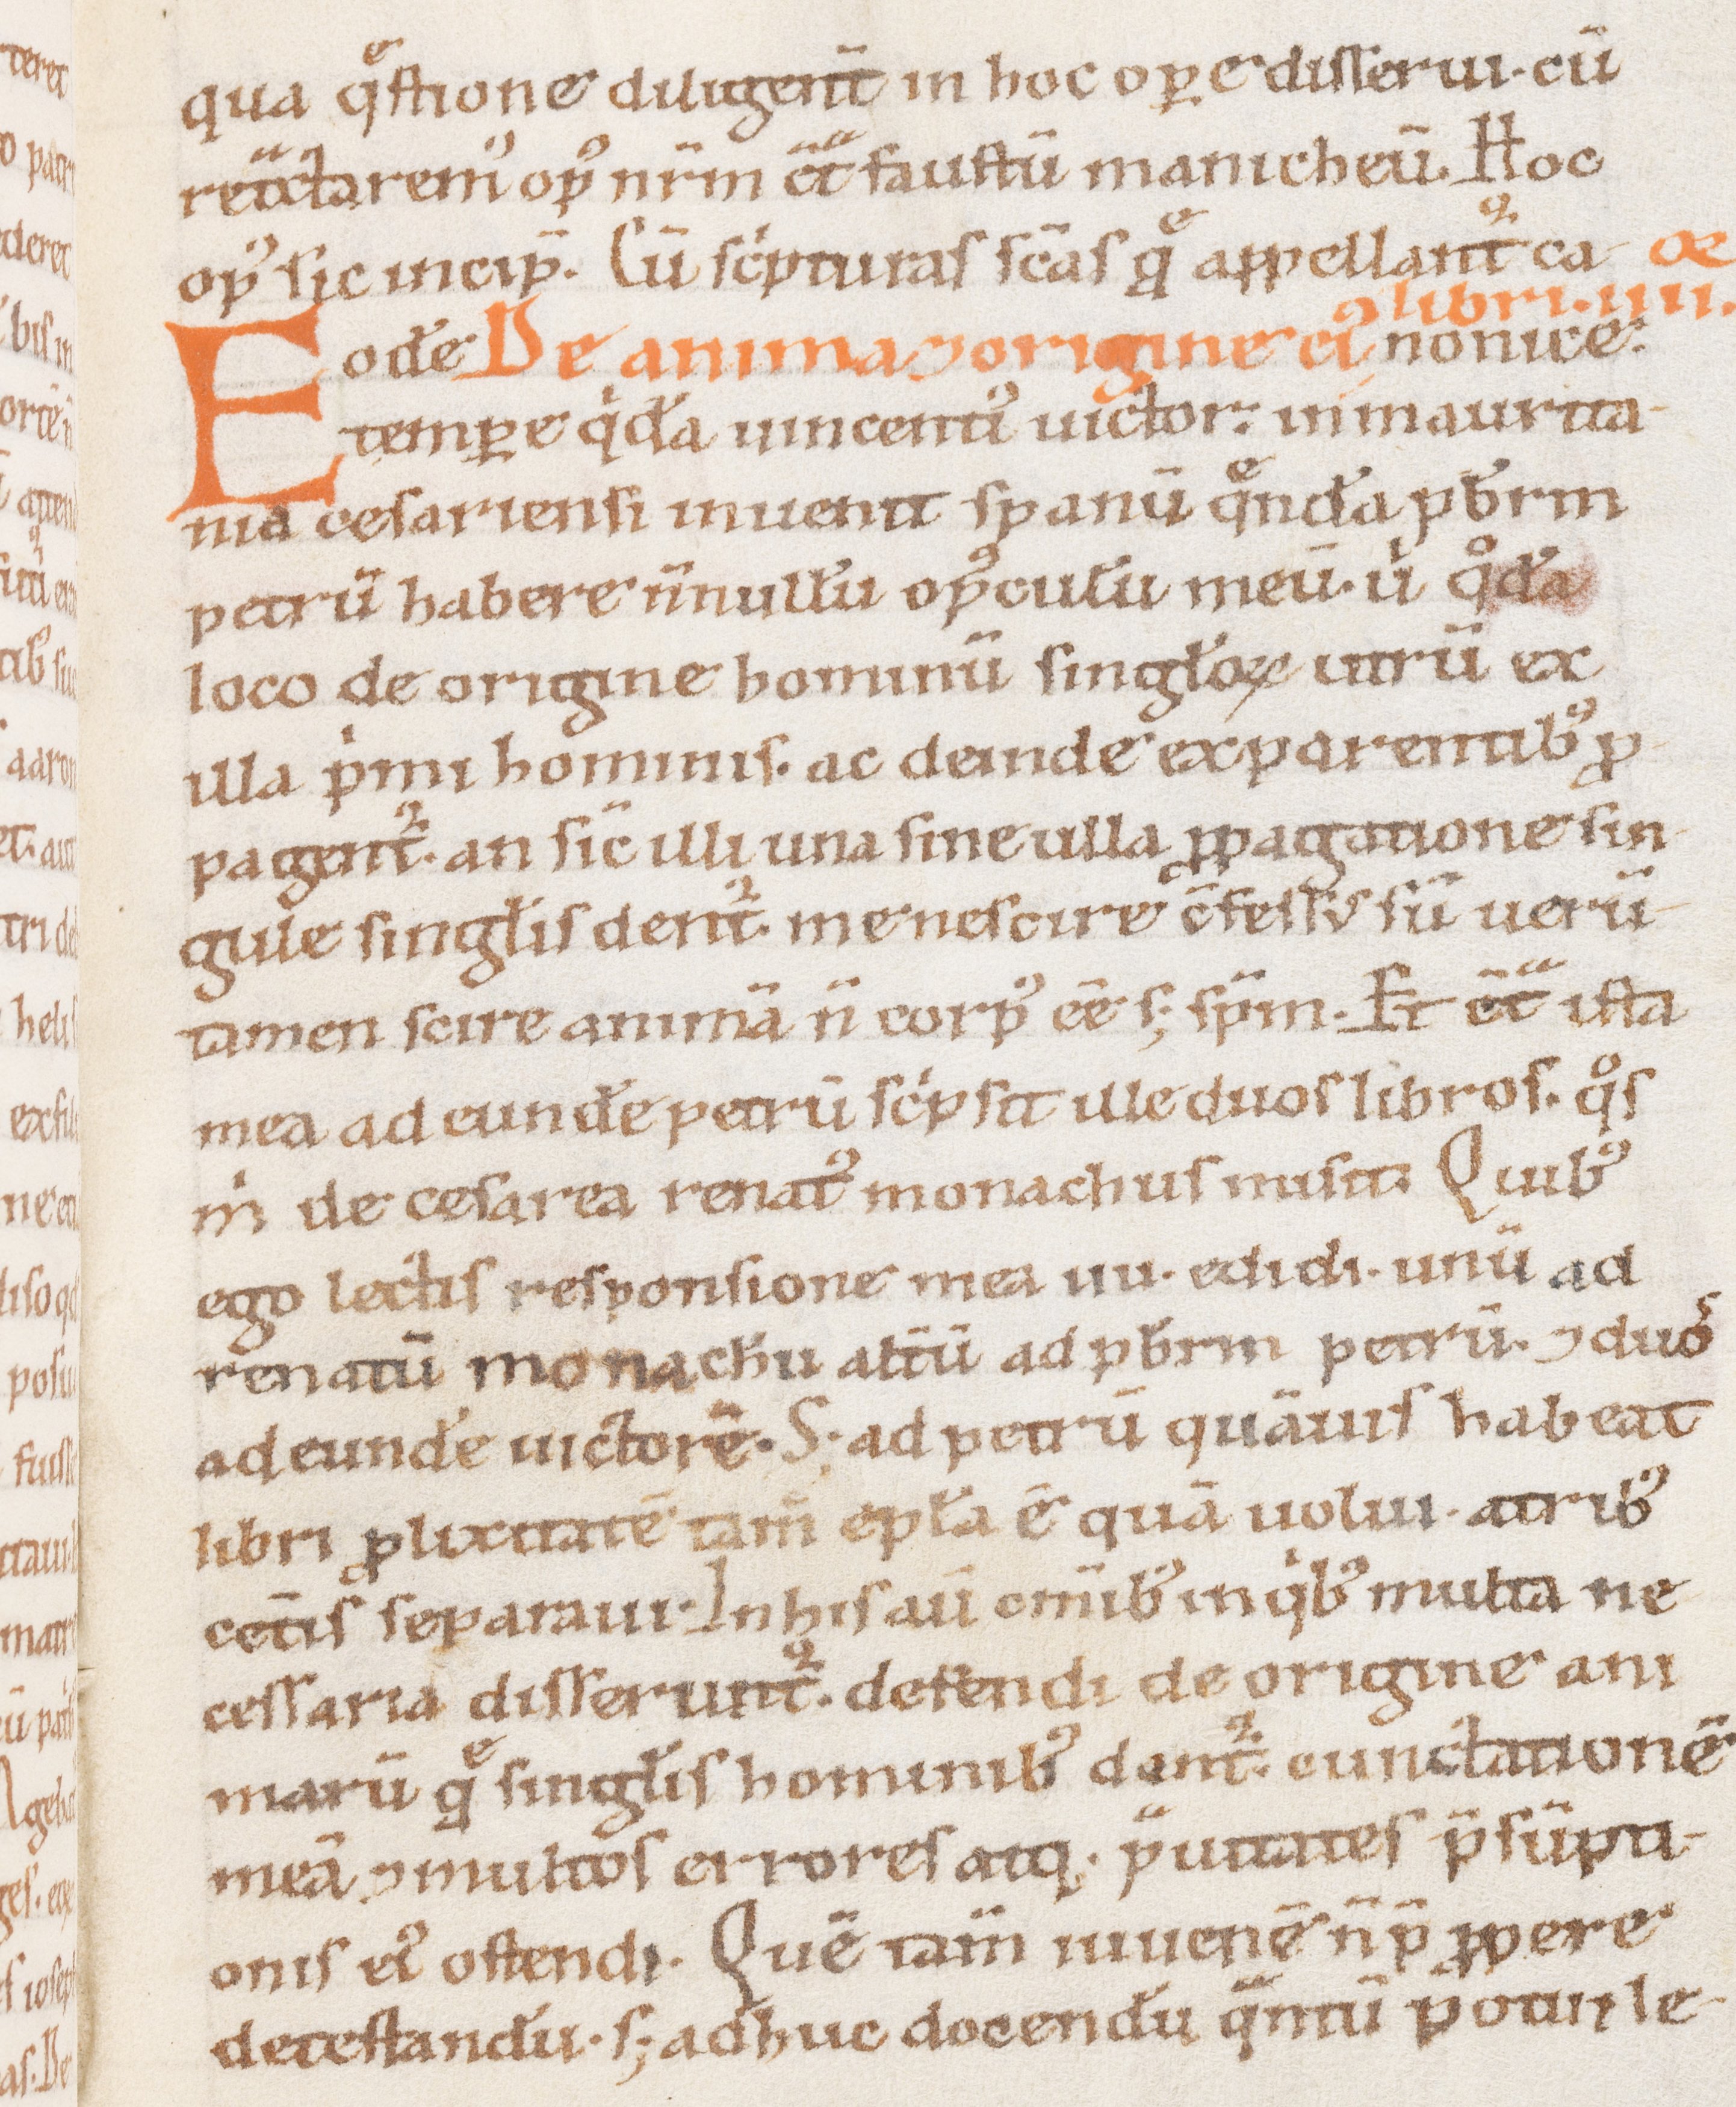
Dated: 1100–1199